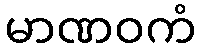
မာဏဝကံ